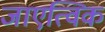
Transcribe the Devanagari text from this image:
जाएत्विक